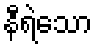
နီရဲသော